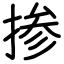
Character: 掺